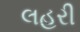
લહરી